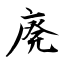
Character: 廃